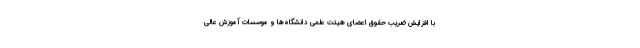
با افزایش ضریب حقوق اعضای هیئت علمی دانشگاه‌ها و موسسات آموزش عالی